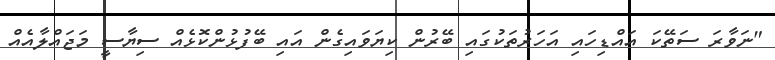
"ނަވާރަ ސަތޭކަ އައްޑިހައި އަހަރުތަކުގައި ބޭރުން ކިޔަވައިގެން އައި ބޭފުޅުންކޮޅެއް ސިޔާސީ މަޖައްލާއެއް